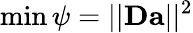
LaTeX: \operatorname*{min}\psi=||\mathbf{D}\mathbf{a}||^{2}